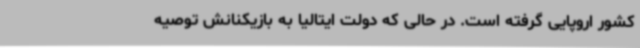
کشور اروپایی گرفته است. در حالی که دولت ایتالیا به بازیکنانش توصیه